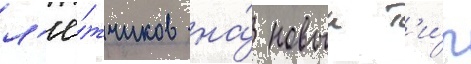
л'ё́тчиков на́ новыи т'и́п